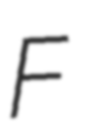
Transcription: F